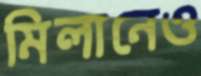
মিলানেও